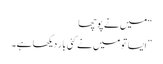
“ میں نے پوچھا
” ایسا تو میں نے کئی بار دیکھا ہے۔